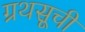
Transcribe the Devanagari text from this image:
ग्रथसूची